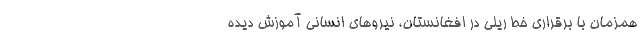
همزمان با برقراری خط ریلی در افغانستان، نیروهای انسانی آموزش دیده